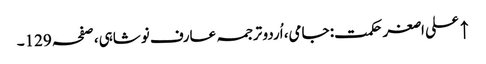
↑ علی اصغر حکمت: جامی، اُردو ترجمہ عارف نوشاہی، صفحہ 129۔